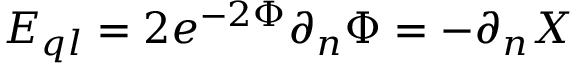
E _ { q l } = 2 e ^ { - 2 \Phi } \partial _ { n } \Phi = - \partial _ { n } X \,